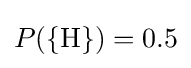
P(\{{\text{H}}\})=0.5